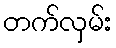
တက်လှမ်း